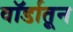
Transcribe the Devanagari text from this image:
वॉर्डातून